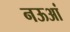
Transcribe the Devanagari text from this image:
नऊआं